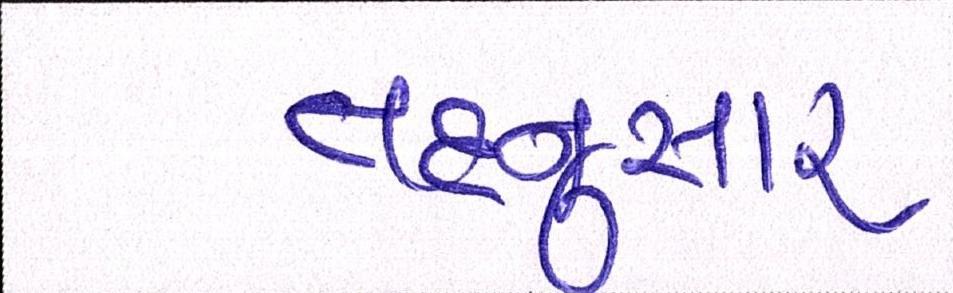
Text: તદનુસાર